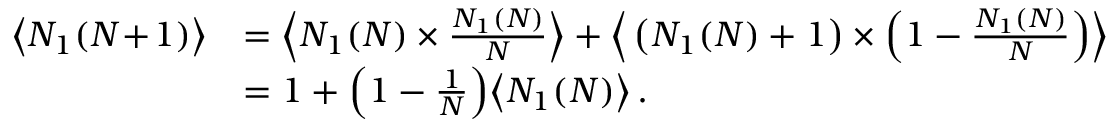
\begin{array} { r l } { \big \langle N _ { 1 } ( N \! + \! 1 ) \big \rangle } & { = \Big \langle N _ { 1 } ( N ) \times \frac { N _ { 1 } ( N ) } { N } \Big \rangle + \Big \langle \left( N _ { 1 } ( N ) + 1 \right) \times \Big ( 1 - \frac { N _ { 1 } ( N ) } { N } \Big ) \Big \rangle } \\ & { = 1 + \Big ( 1 - \frac { 1 } { N } \Big ) \big \langle N _ { 1 } ( N ) \big \rangle \, . } \end{array}